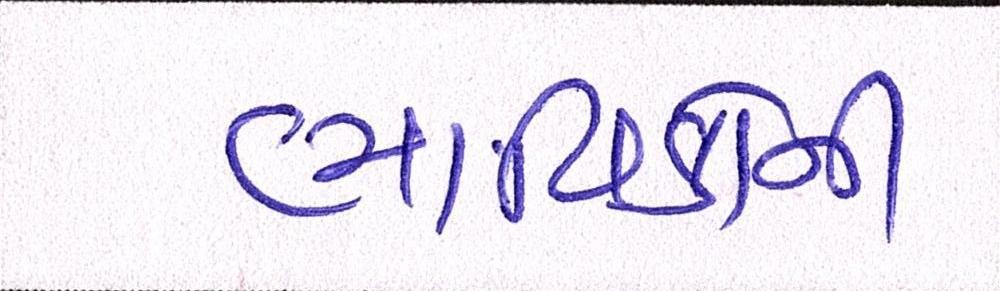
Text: ભાવિકોની